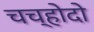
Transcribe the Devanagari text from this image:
चच्होदो